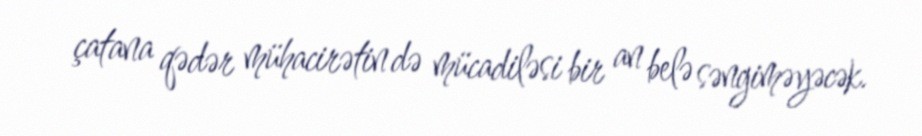
çatana qədər mühacirətin də mücadiləsi bir an belə səngiməyəcək.